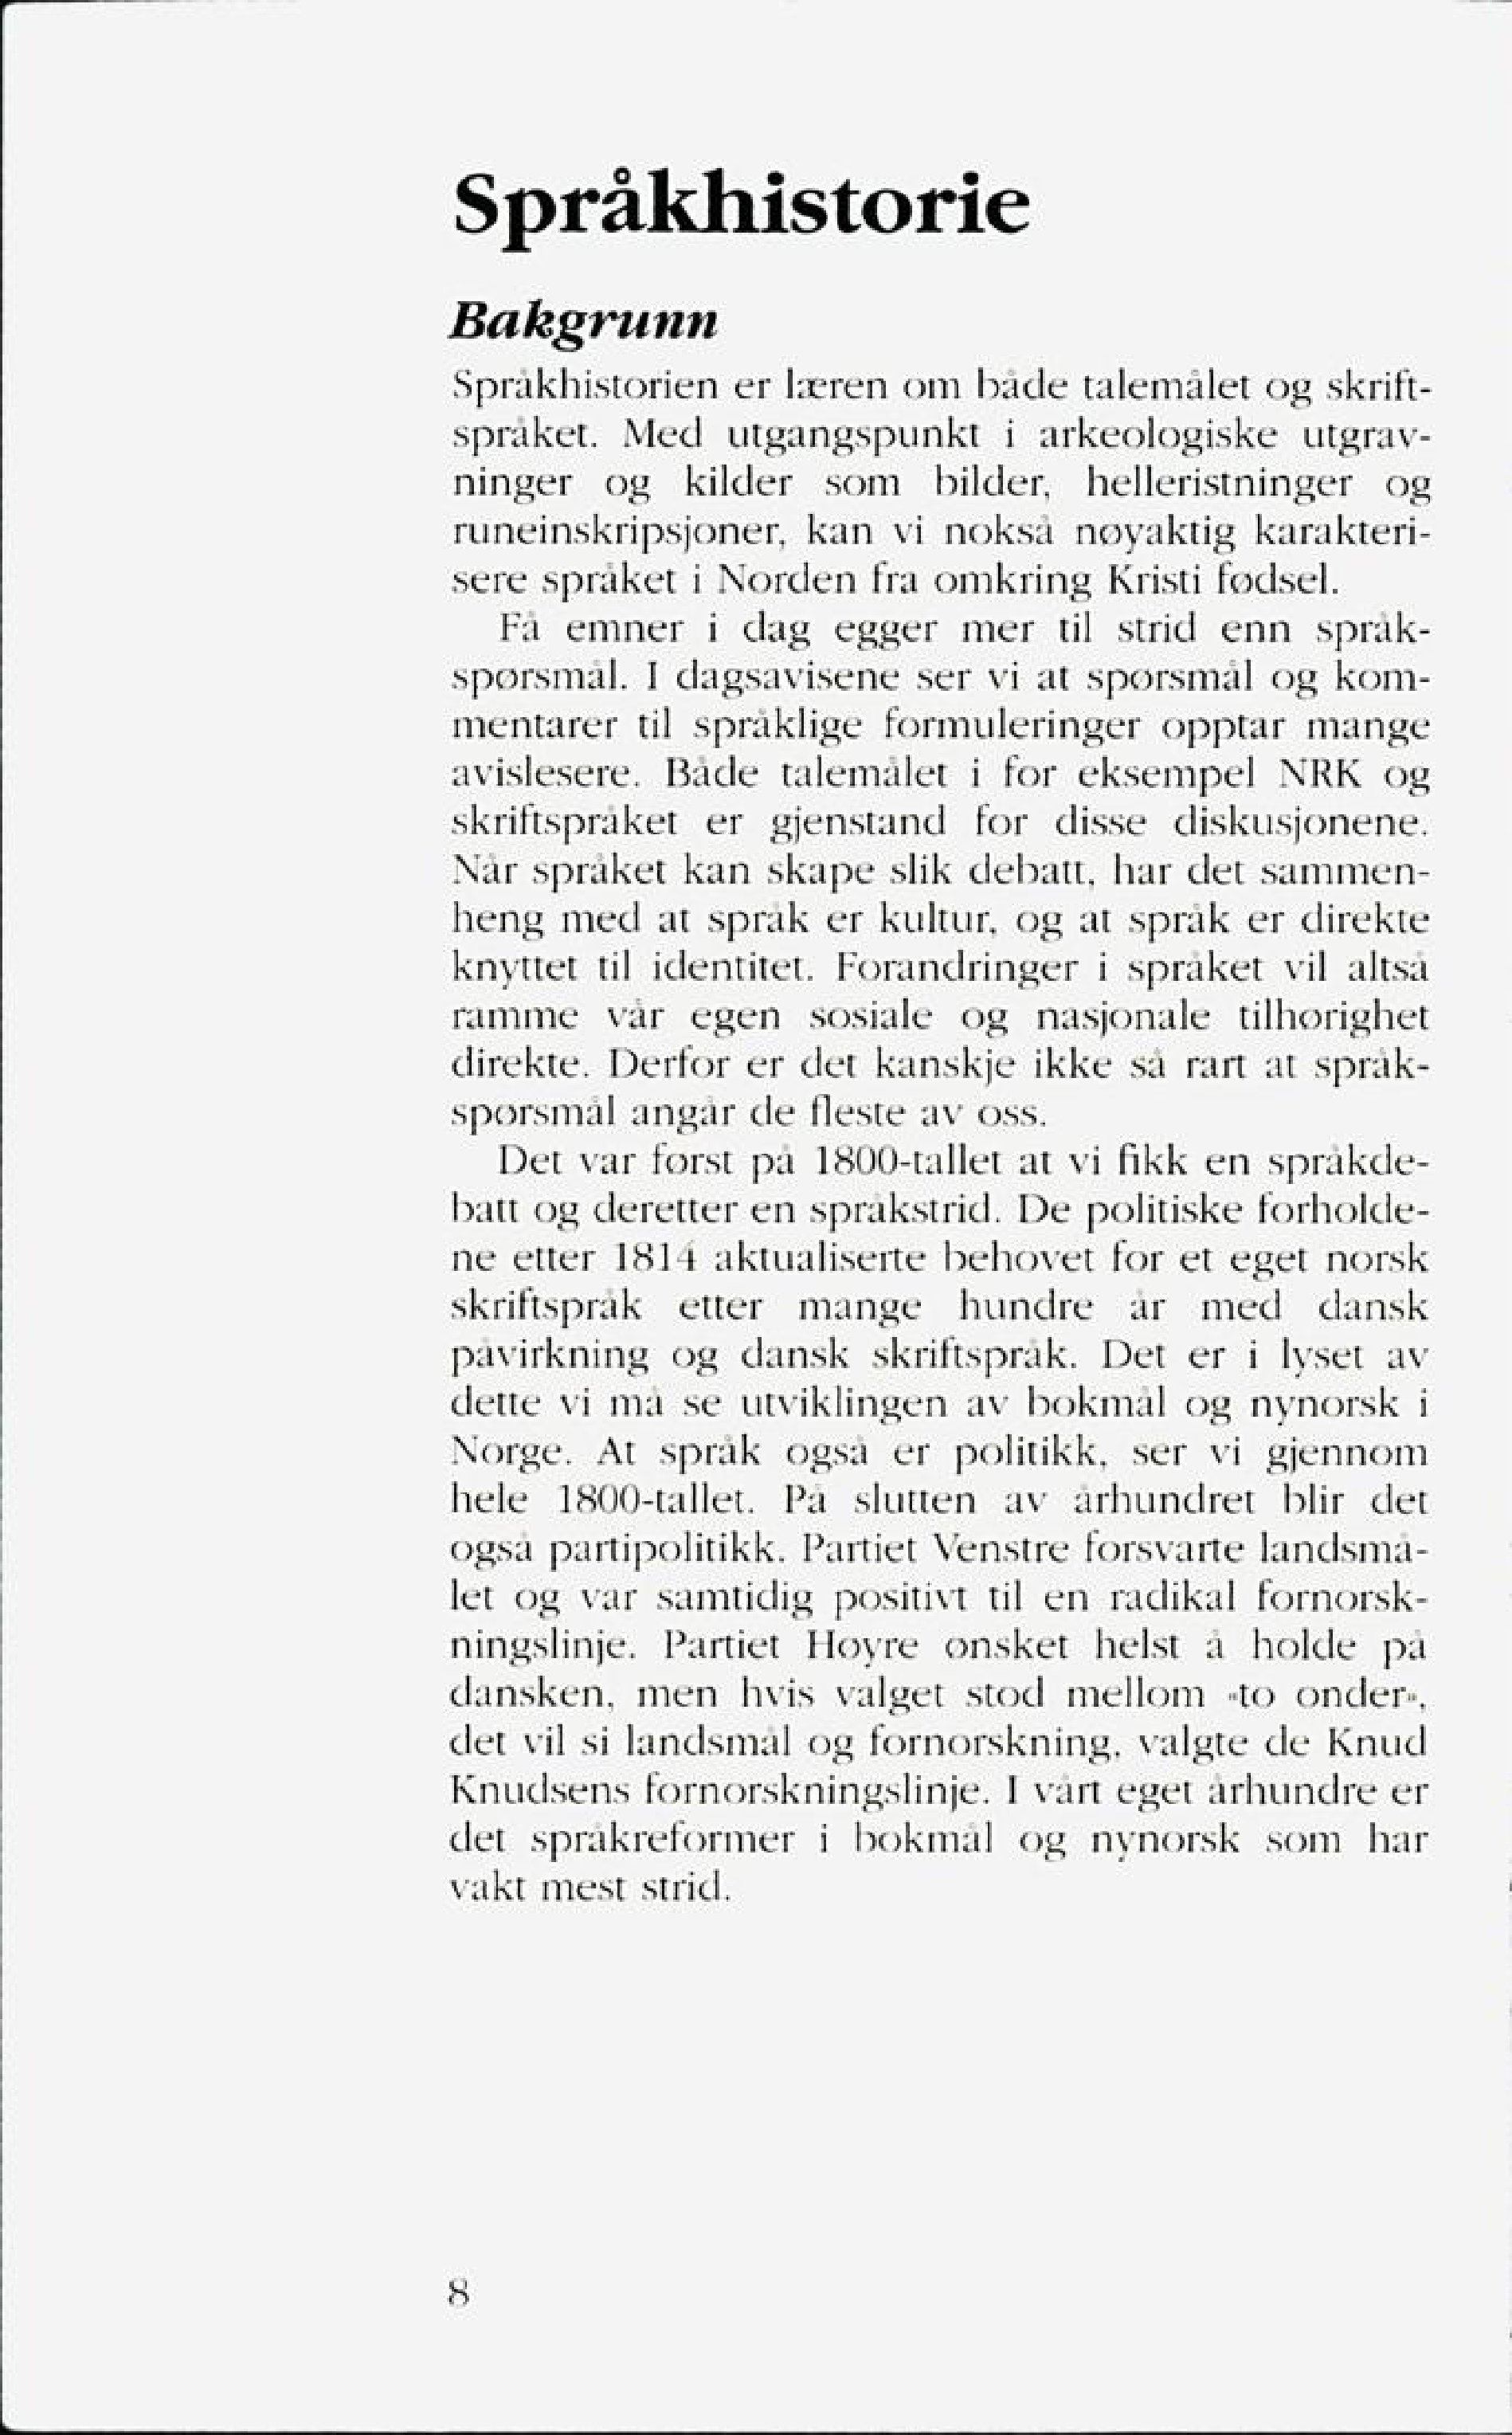
Language: no